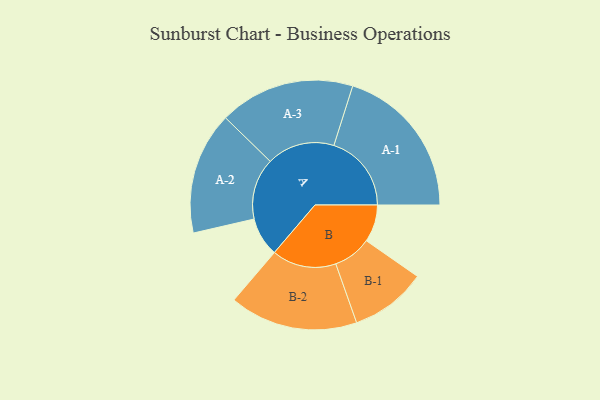
{"axis": {"x": "Segment", "y": "Value"}, "legend": ["", "A", "B"], "data": [{"x": "A", "y": 132, "type": ""}, {"x": "B", "y": 126, "type": ""}, {"x": "A-1", "y": 262, "type": "A"}, {"x": "A-2", "y": 207, "type": "A"}, {"x": "A-3", "y": 229, "type": "A"}, {"x": "B-1", "y": 129, "type": "B"}, {"x": "B-2", "y": 217, "type": "B"}]}